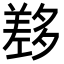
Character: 𡗂